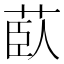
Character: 𦱽